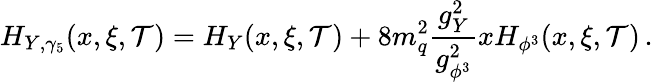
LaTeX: H_{Y,\gamma_{5}}(x,\xi,\mathcal{T})=H_{Y}(x,\xi,\mathcal{T})+8m_{q}^{2}\frac{{g_{Y}^{2}}}{{g_{\phi^{3}}^{2}}}xH_{\phi^{3}}(x,\xi,\mathcal{T})\, .